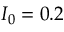
I _ { 0 } = 0 . 2